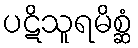
ပဋိသူရမိစ္ဆံ